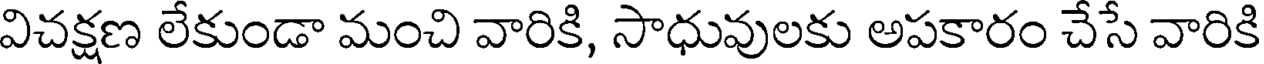
విచక్షణ లేకుండా మంచి వారికి, సాధువులకు అపకారం చేసే వారికి